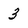
Character: 3